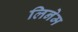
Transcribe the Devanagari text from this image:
लिनेम